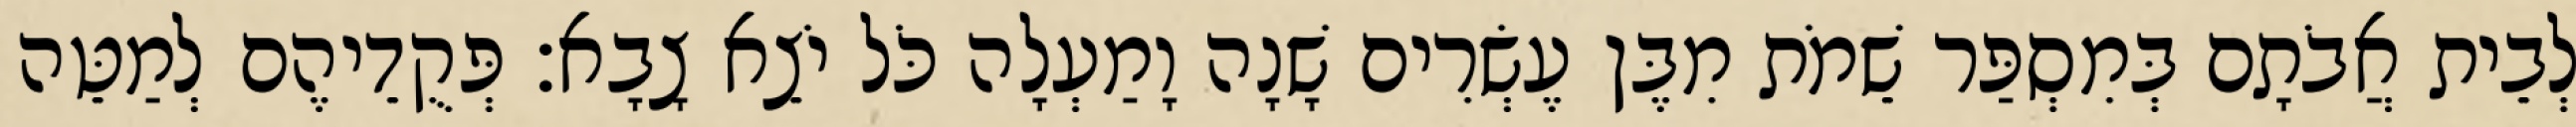
לְבֵית אֲבֹתָם בְּמִסְפַּר שֵׁמֹת מִבֶּן עֶשְׂרִים שָׁנָה וָמַעְלָה כֹּל יֹצֵא צָבָא׃ פְּקֻדֵיהֶם לְמַטֵּה